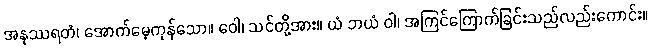
အနုဿရတံ၊ အောက်မေ့ကုန်သော။ ဝေါ၊ သင်တို့အား။ ယံ ဘယံ ဝါ၊ အကြင်ကြောက်ခြင်းသည်လည်းကောင်း။